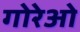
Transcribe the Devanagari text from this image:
गोरेओ